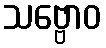
သဗ္ဗောဝ